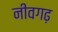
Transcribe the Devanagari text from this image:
नीवगढ़